Annual report of the Punjab Veterinary College and of the Civil Veterinary Department, Punjab - 1920-1925
Year: 1920
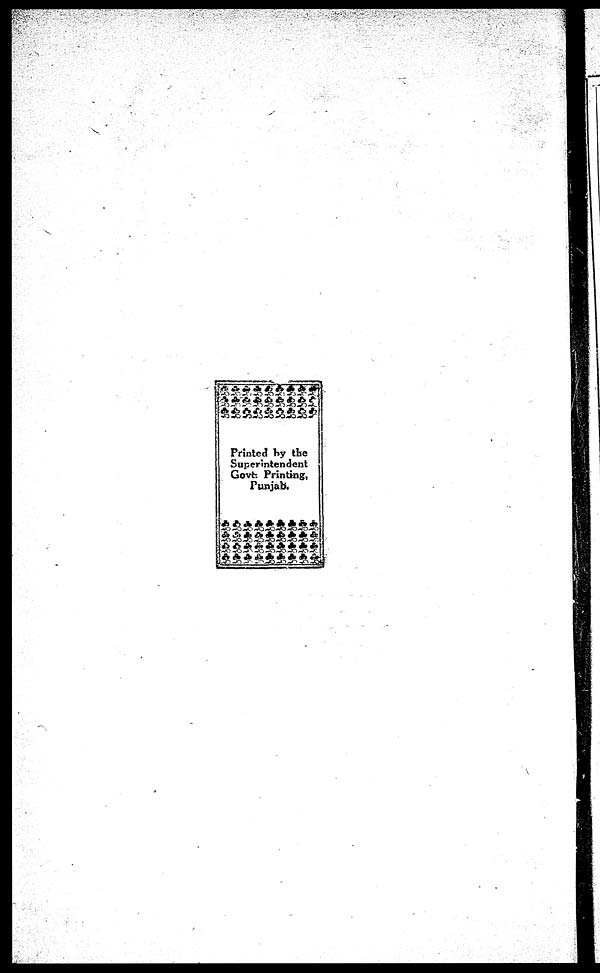
Printed by the
Superintendent
Govt. Printing,
Punjab.